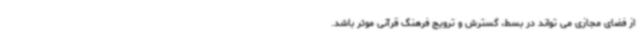
از فضای مجازی می تواند در بسط، گسترش و ترویج فرهنگ قرآنی موثر باشد.